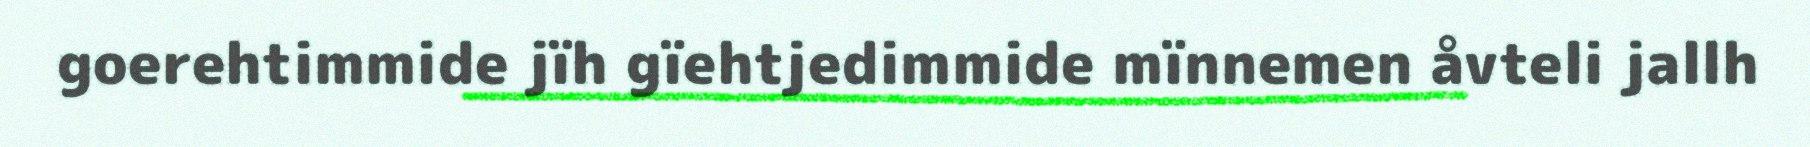
goerehtimmide jïh gïehtjedimmide mïnnemen åvteli jallh